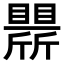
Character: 𣃒